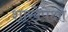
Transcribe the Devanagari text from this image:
शाखेपेक्षा